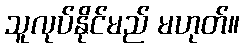
သူလုပ်နိုင်မည် မဟုတ်။